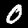
Digit: 0